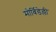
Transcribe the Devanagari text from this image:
मोर्बिडेल्ली